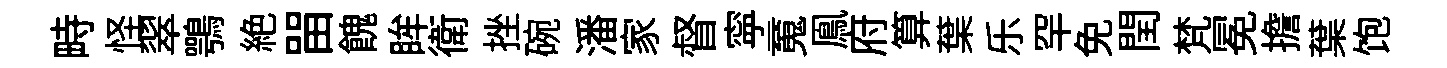
畤怪翠鶚絶㽞餽眸衛挫碗潘家督寜䰟鳯府算葉乐罕免閏梵冕擔葉饱